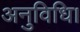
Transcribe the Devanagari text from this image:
अनुविधि।